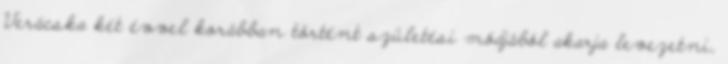
Verácska két évvel korábban történt születési módjából akarja levezetni,